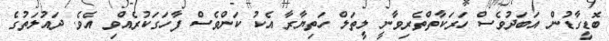
ބޮޑީގާޑުން އަބަދުވެސް ހަރަކާތްތެރިވާނީ ލީތަލް ހަތިޔާރާ އެކު ކަންވެސް ފާހަގަކުރެއްވި އެވެ. ދައުލަތުގެ